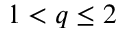
1 < q \leq 2